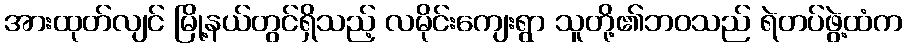
အားထုတ်လျင် မြို့နယ်တွင်ရှိသည့် လမိုင်းကျေးရွာ သူတို့၏ဘဝသည် ရဲတပ်ဖွဲ့ထံက